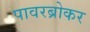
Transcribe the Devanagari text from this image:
पावरब्रोकर